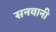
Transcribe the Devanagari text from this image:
सनवानी